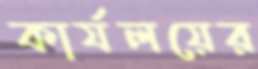
কার্যলয়ের